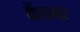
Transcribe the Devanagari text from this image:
केंडलर